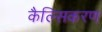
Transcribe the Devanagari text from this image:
कैल्सिकरण